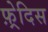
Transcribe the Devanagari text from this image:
फ़्रेदिस